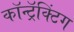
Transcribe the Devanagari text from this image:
कॉन्ट्रॅक्टिंग